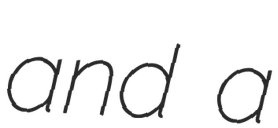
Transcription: and a